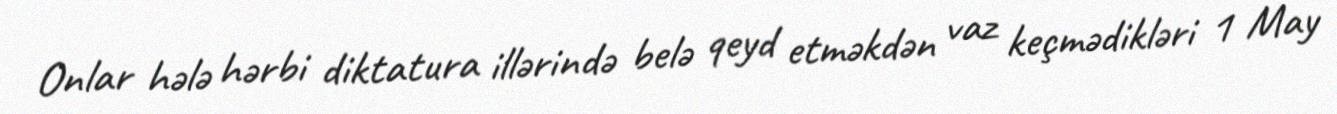
Onlar hələ hərbi diktatura illərində belə qeyd etməkdən vaz keçmədikləri 1 May